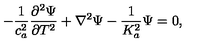
- \frac { 1 } { c _ { a } ^ { 2 } } \frac { \partial ^ { 2 } \Psi } { \partial T ^ { 2 } } + \nabla ^ { 2 } \Psi - \frac { 1 } { K _ { a } ^ { 2 } } \Psi = 0 ,